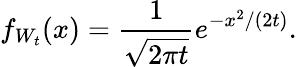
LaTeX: f_{W_{t}}(x)={\frac{1}{\sqrt{2\pi t}}}e^{-x^{2}/(2t)}.